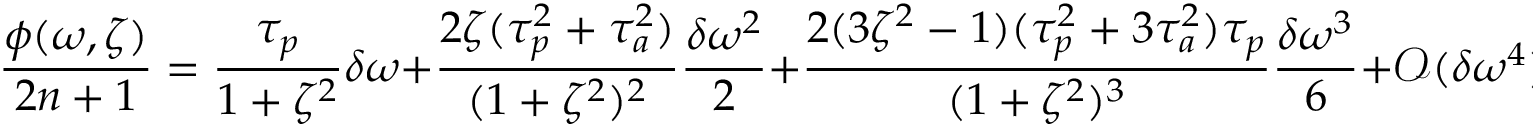
\frac { \phi ( \omega , \zeta ) } { 2 n + 1 } = \frac { \tau _ { p } } { 1 + \zeta ^ { 2 } } \delta \omega + \frac { 2 \zeta ( \tau _ { p } ^ { 2 } + \tau _ { a } ^ { 2 } ) } { ( 1 + \zeta ^ { 2 } ) ^ { 2 } } \frac { \delta \omega ^ { 2 } } { 2 } + \frac { 2 ( 3 \zeta ^ { 2 } - 1 ) ( \tau _ { p } ^ { 2 } + 3 \tau _ { a } ^ { 2 } ) \tau _ { p } } { ( 1 + \zeta ^ { 2 } ) ^ { 3 } } \frac { \delta \omega ^ { 3 } } { 6 } + \mathcal { O } ( \delta \omega ^ { 4 } ) .